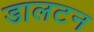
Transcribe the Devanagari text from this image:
डालटन